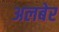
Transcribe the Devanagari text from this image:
अलबेर